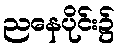
ညနေပိုင်း၌